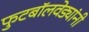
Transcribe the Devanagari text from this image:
फुटबॉलवेड्यांनी